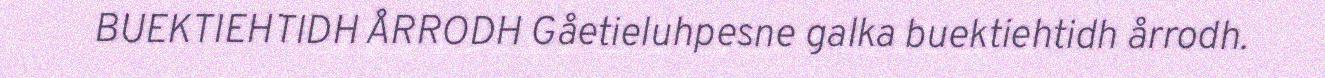
BUEKTIEHTIDH ÅRRODH Gåetieluhpesne galka buektiehtidh årrodh.